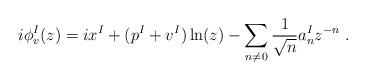
LaTeX: \begin{align*}i\phi^I_v (z) =ix^I+(p^I +v^I)\ln(z) -\sum_{n\not=0} {1\over{\sqrt{n}}} a^I_{n} z^{-n} ~.\end{align*}